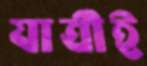
যাত্রীই